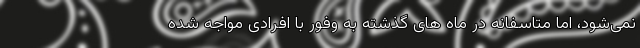
نمی‌شود، اما متاسفانه در ماه های گذشته به وفور با افرادی مواجه شده